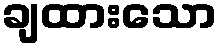
ချထားသော